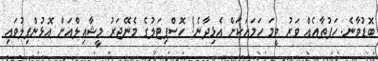
ބޮޑުވާނެ. ހަފުތާއެއް ވަރު ވީމަ ހަމައަކަށް އެޅިދާނެ! ހޮސްޕިޓަލުގެ މެނޭޖަރު މީޝާއިލްއަށް އޮޅުންފިލުވައި